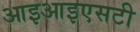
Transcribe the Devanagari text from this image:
आइआइएसटी